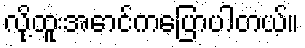
လို့ထူးအောင်ကပြောပါတယ်။